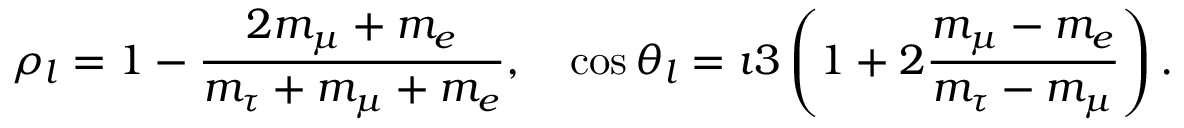
\rho _ { l } = 1 - { \frac { 2 m _ { \mu } + m _ { e } } { m _ { \tau } + m _ { \mu } + m _ { e } } } , \quad \cos \theta _ { l } = \i 3 \left( 1 + 2 { \frac { m _ { \mu } - m _ { e } } { m _ { \tau } - m _ { \mu } } } \right) .